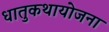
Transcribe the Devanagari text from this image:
धातुकथायोजना